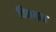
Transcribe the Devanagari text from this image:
चिनमन